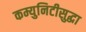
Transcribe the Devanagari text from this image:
कम्युनिटीसुद्धा